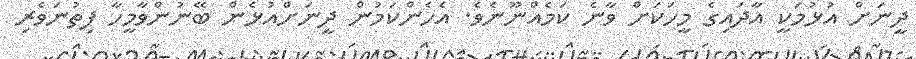
ދީނަށް އުޅުމަކީ އާދައިގެ މީހަކަށް ވާނެ ކަމެއްނޫނެވެ. އެހެންކަމުން ދީނަށްއުޅެން ބޭނުންވާމީހާ ފިތުނަވެރި